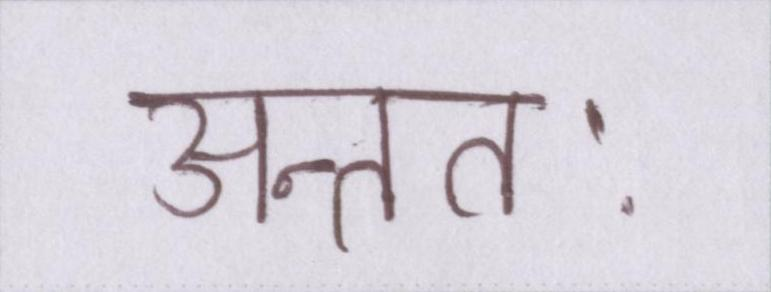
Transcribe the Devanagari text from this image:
अन्ततः